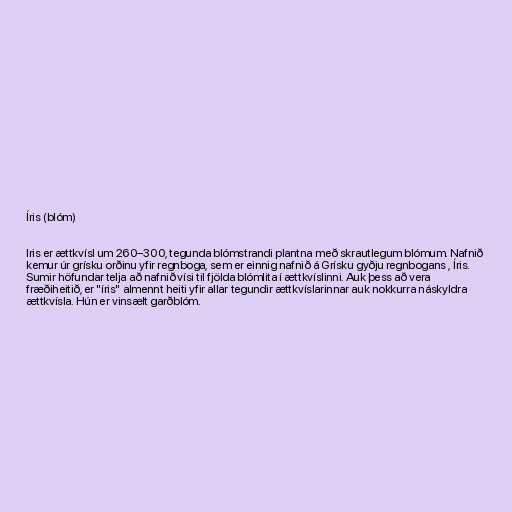
Íris (blóm)

Iris er ættkvísl um 260–300, tegunda blómstrandi plantna með skrautlegum blómum. Nafnið
kemur úr grísku orðinu yfir regnboga, sem er einnig nafnið á Grísku gyðju regnbogans , Íris.
Sumir höfundar telja að nafnið vísi til fjölda blómlita í ættkvíslinni. Auk þess að vera
fræðiheitið, er "íris" almennt heiti yfir allar tegundir ættkvíslarinnar auk nokkurra náskyldra
ættkvísla. Hún er vinsælt garðblóm.